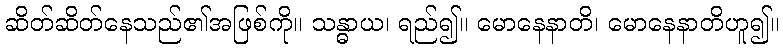
ဆိတ်ဆိတ်နေသည်၏အဖြစ်ကို။ သန္ဓာယ၊ ရည်၍။ မောနေနာတိ၊ မောနေနာတိဟူ၍။